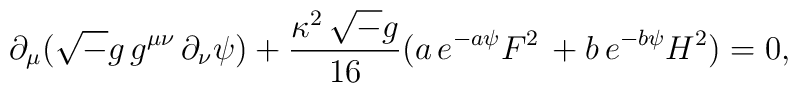
\partial_{\mu} ({\sqrt -g}\, g^{\mu \nu}\, \partial_{\nu} \psi)+{\kappa^{2}\, {\sqrt -g} \over 16} (a\,e^{-a \psi} F^2\,+ b\,e^{-b \psi} H^2)=0,